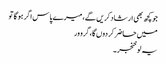
جو کچھ بھی ارشاد کریں گے، میرے پاس اگر ہو گا تو
میں حاضر کر دوں گا، گرو ور
یہ لو خنجر ۔